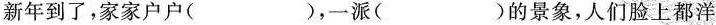
新年到了，家家户户( )，一派( )的景象，人们脸上都洋